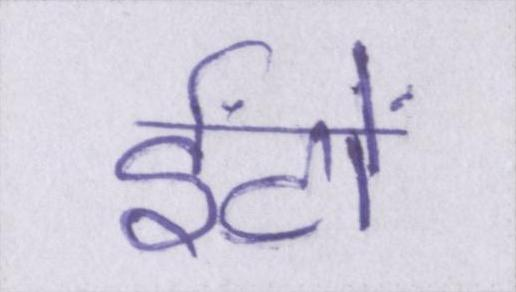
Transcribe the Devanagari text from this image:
ईंटों